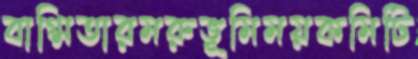
বাগ্মিতারমরুভূমিময়কমিটি